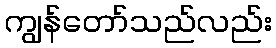
ကျွန်တော်သည်လည်း